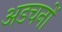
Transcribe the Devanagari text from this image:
अडचनों